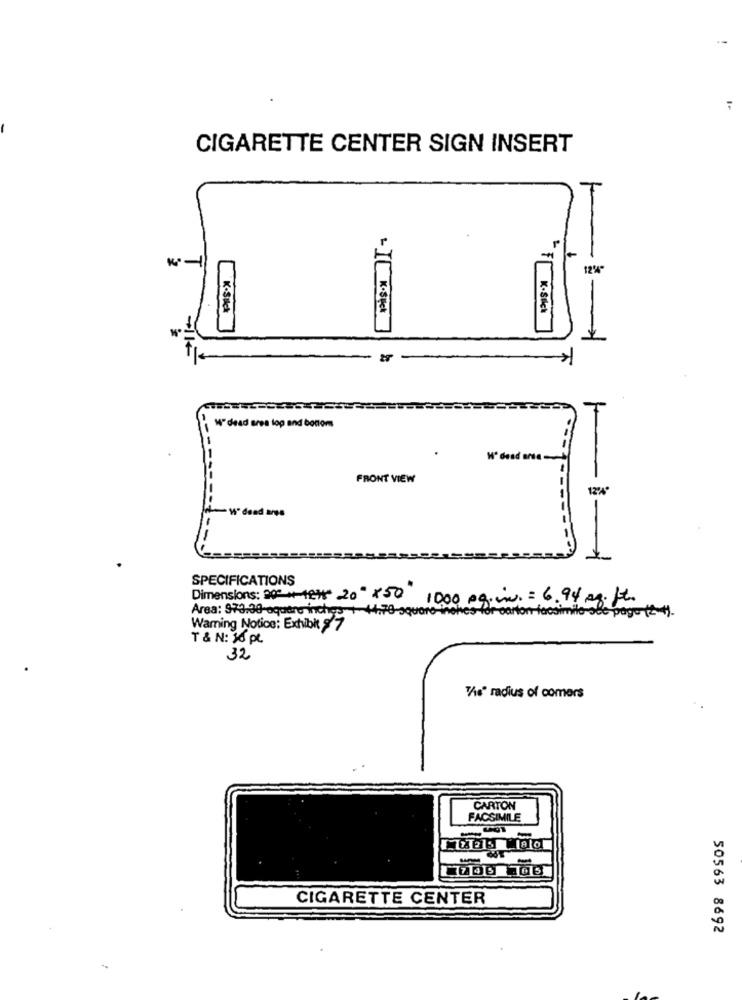
CIGARETTE CENTER SIGN INSERT
12%"
K.Silck
K-Stick
- IL K-Spot
W" dead srea top and bottom
- -
FRONT VIEW
12%
-W"dead ares
SPECIFICATIONS
Dimensions: 00+ 429* 20"x50
10,00 pg.in. = 6.94 mg. ft.
Area: 979.30-square inches. 1. 44.70-square-inches-for carton-facsimile-se
Warning Notice: Exhibit 9'7
T & N: 10 pt.
32
The" radius of comers
CARTON
FACSIMILE
CIGARETTE CENTER
50563 8692